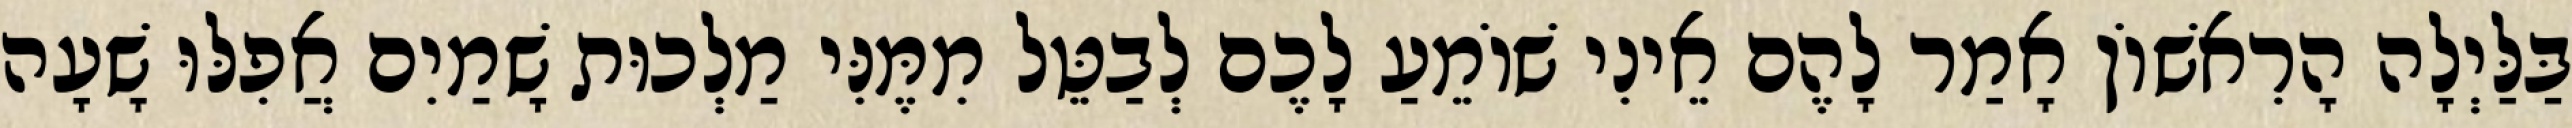
בַּלַּיְלָה הָרִאשׁוֹן אָמַר לָהֶם אֵינִי שׁוֹמֵעַ לָכֶם לְבַטֵּל מִמֶּנִּי מַלְכוּת שָׁמַיִם אֲפִלּוּ שָׁעָה